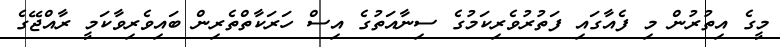
މީގެ އިތުރުން މި ފެއާގައި ފަތުރުވެރިކަމުގެ ސިނާއަތުގެ އިސް ހަރަކާތްތެރިން ބައިވެރިވާކަމީ ރާއްޖޭގެ